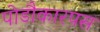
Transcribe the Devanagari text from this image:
पोडौकारपस